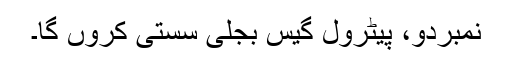
نمبردو، پیٹرول گیس بجلی سستی کروں گا۔